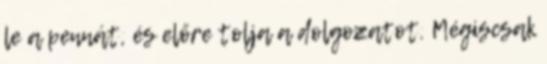
le a pennát, és előre tolja a dolgozatot. Mégiscsak